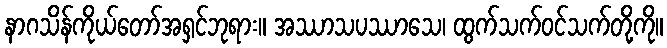
နာဂသိန်ကိုယ်တော်အရှင်ဘုရား။ အဿာသပဿာသေ၊ ထွက်သက်ဝင်သက်တို့ကို။